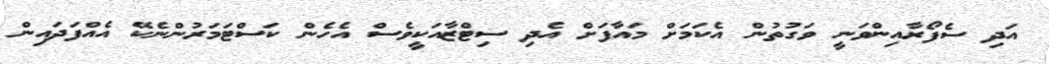
އަދި ސެފޯރާއިންވަނީ ވަގުތުން އެކަމަށް މައާފަށް އެދި ސިޓްޒާއަކީވެސް އެހެން ކަސްޓަމަރުންނެކޭ އެއްފަދައިން